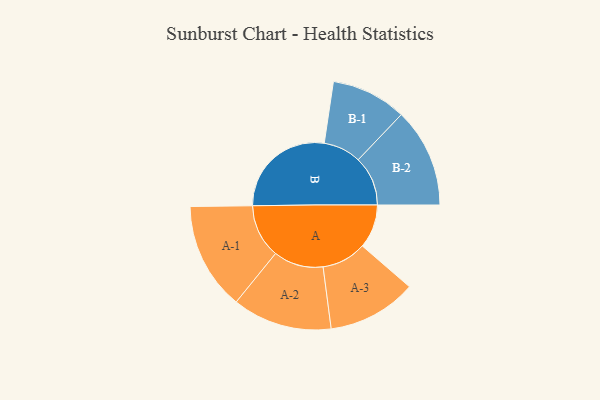
{"axis": {"x": "Segment", "y": "Value"}, "legend": ["", "A", "B"], "data": [{"x": "A", "y": 201, "type": ""}, {"x": "B", "y": 488, "type": ""}, {"x": "A-1", "y": 247, "type": "A"}, {"x": "A-2", "y": 229, "type": "A"}, {"x": "A-3", "y": 205, "type": "A"}, {"x": "B-1", "y": 173, "type": "B"}, {"x": "B-2", "y": 228, "type": "B"}]}